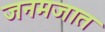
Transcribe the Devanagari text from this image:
जनमजात